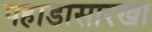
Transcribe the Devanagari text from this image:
पहाडासारखा